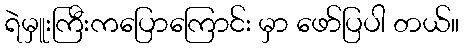
ရဲမှူးကြီးကပြောကြောင်း မှာ ဖော်ပြပါ တယ်။